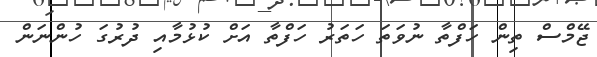
ޖޭމްސް ތިން ހަފްތާ ނުވަތަ ހަތަރު ހަފްތާ އަށް ކުޅުމާއި ދުރުގަ ހުންނަން